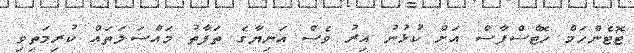
ޓޮޓެންހަމް ހޮޓްސްޕާސް އަށް ކުޅުނު އިރު ވެސް އަނިޔާގެ ތަފާތު މައްސަލަތައް ކުރިމަތިވި